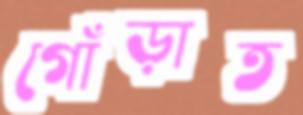
গোঁড়াত